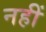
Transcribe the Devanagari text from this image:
नहीं